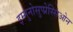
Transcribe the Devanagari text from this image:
इम्मुनोसुप्प्रेस्सिओन